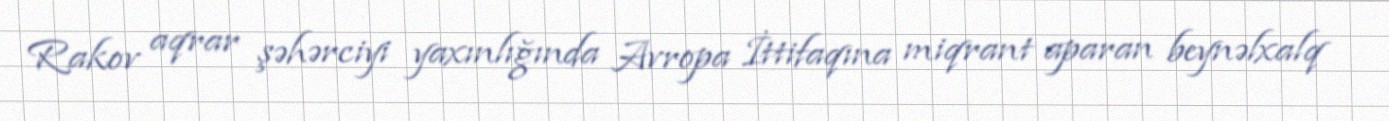
Rakov aqrar şəhərciyi yaxınlığında Avropa İttifaqına miqrant aparan beynəlxalq